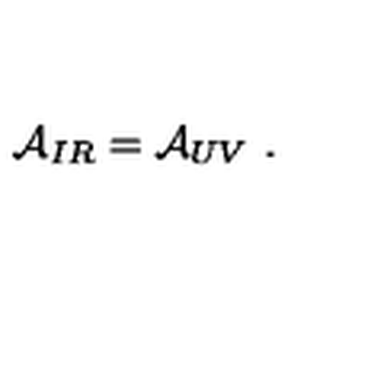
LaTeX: { \cal A } _ { I R } = { \cal A } _ { U V } \ .